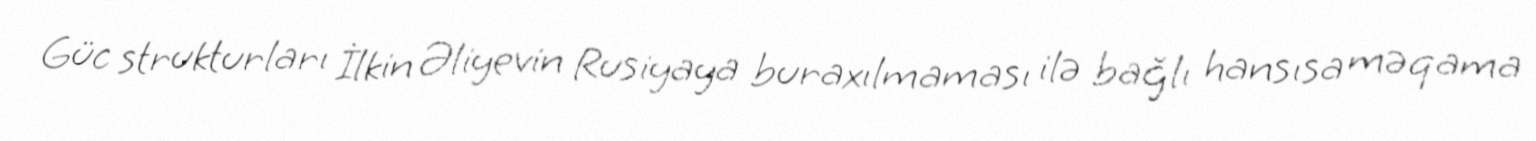
Güc strukturları İlkin Əliyevin Rusiyaya buraxılmaması ilə bağlı hansısa məqama